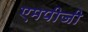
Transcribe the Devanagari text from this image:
एमपीजी